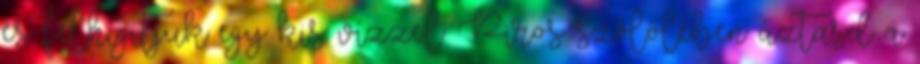
és felhígitjuk egy kis vízzel. Piros szőlőlében áztasd a